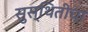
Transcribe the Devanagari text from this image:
सुस्थितीचा